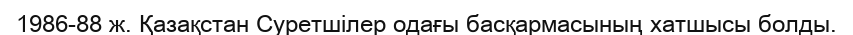
1986-88 ж. Қазақстан Суретшілер одағы басқармасының хатшысы болды.